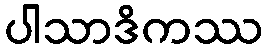
ပါသာဒိကဿ